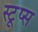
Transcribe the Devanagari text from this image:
स्टूप्स